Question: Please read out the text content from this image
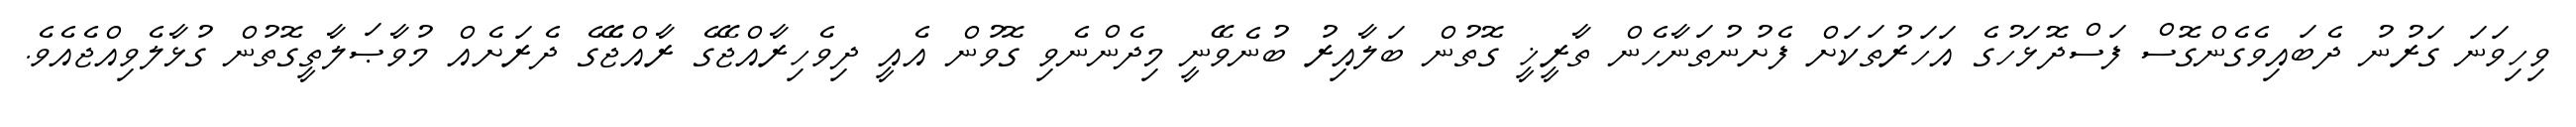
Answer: ވިހިވަނަ ގަރުނު ދެބައިވެގެންގޮސް ފަސްދޮޅަހުގެ އަހަރުތަކަށް ފެށުނުތަނާހެން ތާރީޚީ ގޮތުން ބަލާއިރު ބުނެވޭނީ މިދެންނެވި ގޮވުން އެއީ ދިވެހިރާއްޖޭގެ ރާއްޖެޭގެ ދެރަށެއް މުވާޞަލާތީގޮތުން ގުޅާލެވިއްޖެއެވެ.